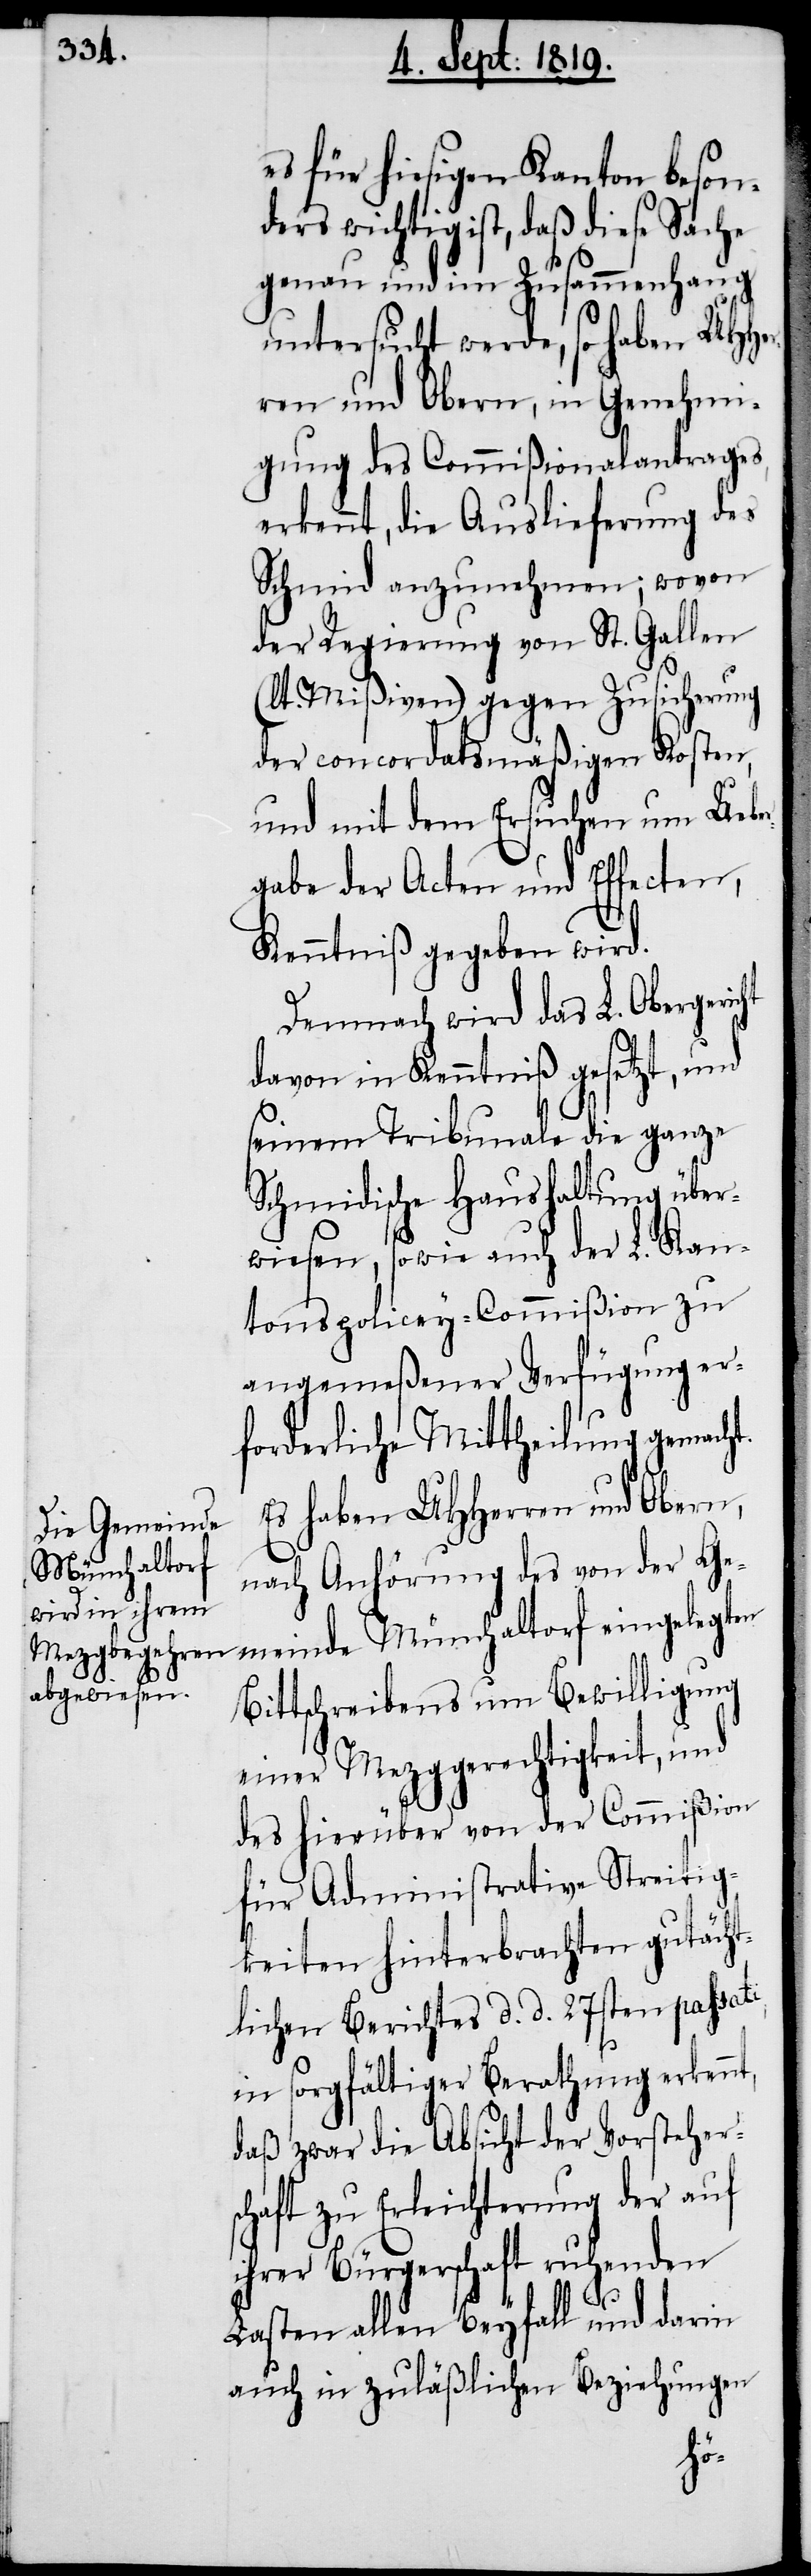
es für hiesigen Kanton beson¬
ders wichtig ist, daß diese Sache
genau und im Zusammenhang
untersucht werde, so haben UHHer¬
ren und Obern, in Genehmi¬
gung des Commißionalantrages
erkennt, die Auslieferung des
Schmid anzunehmen; wovon
der Regierung von St. Gallen
(lt. Mißiven) gegen Zusicherung
der concordatsmäßigen Kosten,
und mit dem Ersuchen um Uebe¬
rgabe der Acten und Effecten,
Kenntniß gegeben wird.
Demnach wird das L. Obergericht
davon in Kenntniß gesetzt, und
seinem Tribunale die ganze
Schmidische Haushaltung über¬
wiesen, sowie auch der L. Kan¬
tonspolicey-Commißion zu
angemeßener Verfügung er¬
forderliche Mittheilung gemacht.
Es haben UHHerren und Obern,
Münchaltorf
nach Anhörung des von der Ge¬
Bittschreibens um Bewilligung
einer Mezggerechtigkeit, und
des hierüber von der Commißion
für Administrative Streitig¬
keiten hinterbrachten gutächt¬
lichen Berichtes d. d. 27sten passat¬
in sorgfältiger Berathung erkenn¬
daß zwar die Absicht der Vorsteher¬
schaft zu Erleichterung der auf
ihrer Bürgerschaft ruhenden
Lasten allen Beyfall und darin
auch in zuläßlichen Beziehungen
t,